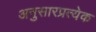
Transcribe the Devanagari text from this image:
अनुसारप्रत्येक